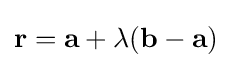
\mathbf {r} =\mathbf {a} +\lambda (\mathbf {b} -\mathbf {a} )